Annual report of the Punjab Veterinary College and of the Civil Veterinary Department, Punjab - 1926-1932
Year: 1926
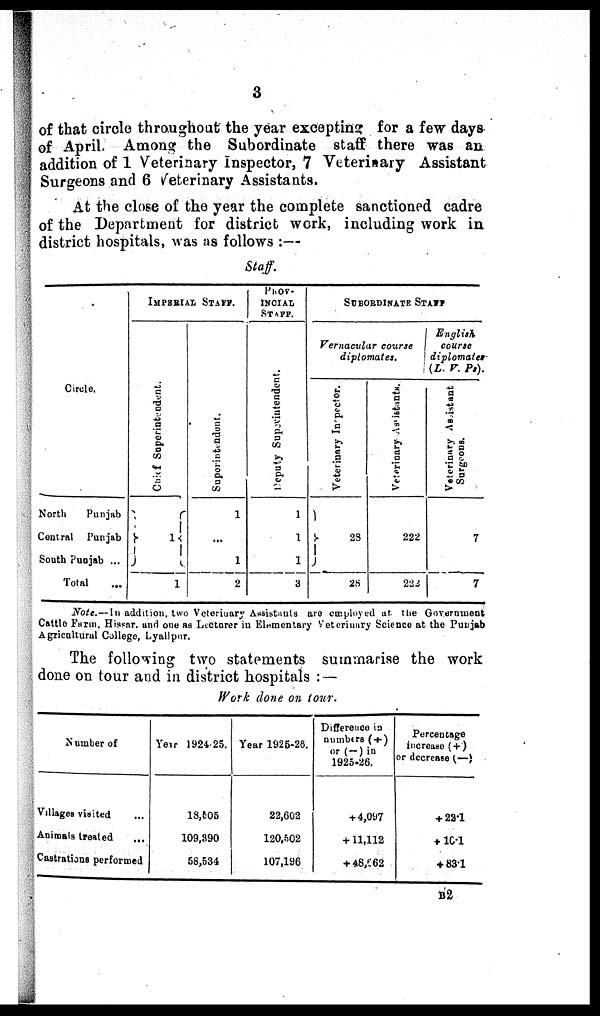
3
of that circle throughout the year excepting for a few days
of April. Among the Subordinate staff there was an
addition of 1 Veterinary Inspector, 7 Veterinary Assistant
Surgeons and 6 Veterinary Assistants.
At the close of the year the complete sanctioned cadre
of the Department for district work, including work in
district hospitals, was as follows:—
Staff.
Circle.
North
Punjab
Central
Punjab
South Punjab ...
Total ...
IMPERIAL STAFF.
Chief Superintendent.
1
1
Superintendent.
1
...
1
2
PROV-
INCIAL
STAFF.
Deputy Superintendent.
1
1
1
3
SUBORDINATE STAFF.
Vernacular course
diplomates.
Vet er i
nar y I ns pect or .
28
28
Veterinary Assistants.
222
222
English
course
diplomates
(L. V. P 3 ).
Vet er i
nar y As s i
s t
ant
Sur geons .
7
7
Note.—In addition, two Veterinary Assistants are employed at the Government
Cattle Farm, Hissar, and one as Lecturer in Elementary Veterinary Science at the Punjab
Agricultural College, Lyallpur.
The following two statements summarise the work
done on tour and in district hospitals:—
Work done on tour.
Number of
Villages visited ...
Animals treated ...
Castrations performed
Year 1924.25.
18,505
109,390
58,534
Year 1925-25.
22,602
120,502
107,196
Difference in
numbers (+)
or (—) in
1925-26.
+ 4,097
+ 11,112
+ 48,662
Percentage
increase (+)
or decrease (—)
+ 22.1
+ 10.1
+ 83.1
B2